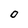
Character: O